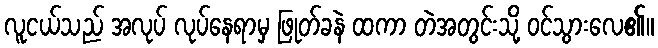
လူငယ်သည် အလုပ် လုပ်နေရာမှ ဖြုတ်ခနဲ ထကာ တဲအတွင်းသို့ ဝင်သွားလေ၏။